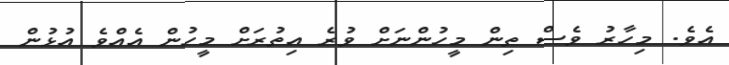
އެވެ. މިހާރު ވެސް ތިން މީހުންނަށް ވުރެ އިތުރަށް މީހުން އެއްވެ އުޅުން